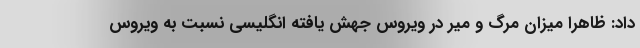
داد: ظاهرا میزان مرگ و میر در ویروس جهش یافته انگلیسی نسبت به ویروس